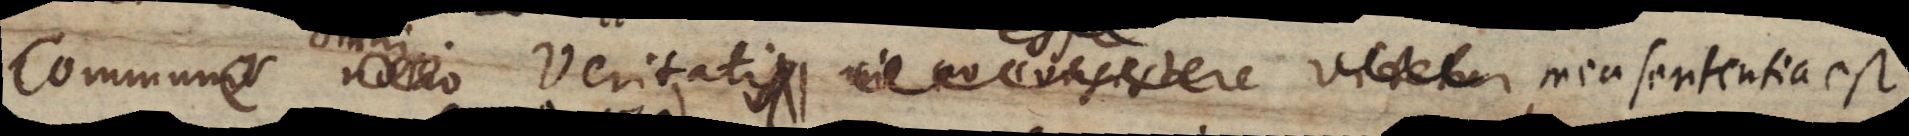
Communis notio veritati in eo consistere videtur, mea sententia est